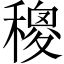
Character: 𥢄